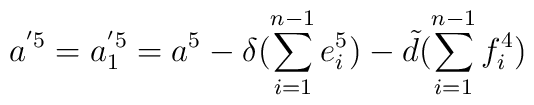
a^{'5}=a^{'5}_1=a^5-\delta (\sum_{i=1}^{n-1}e^5_i) - \tilde{d}(\sum_{i=1}^{n-1}f^4_i)